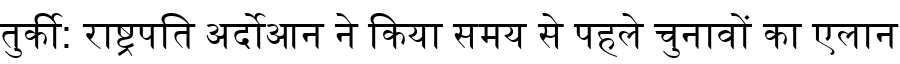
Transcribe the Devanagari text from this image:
तुर्की: राष्ट्रपति अर्दोआन ने किया समय से पहले चुनावों का एलान